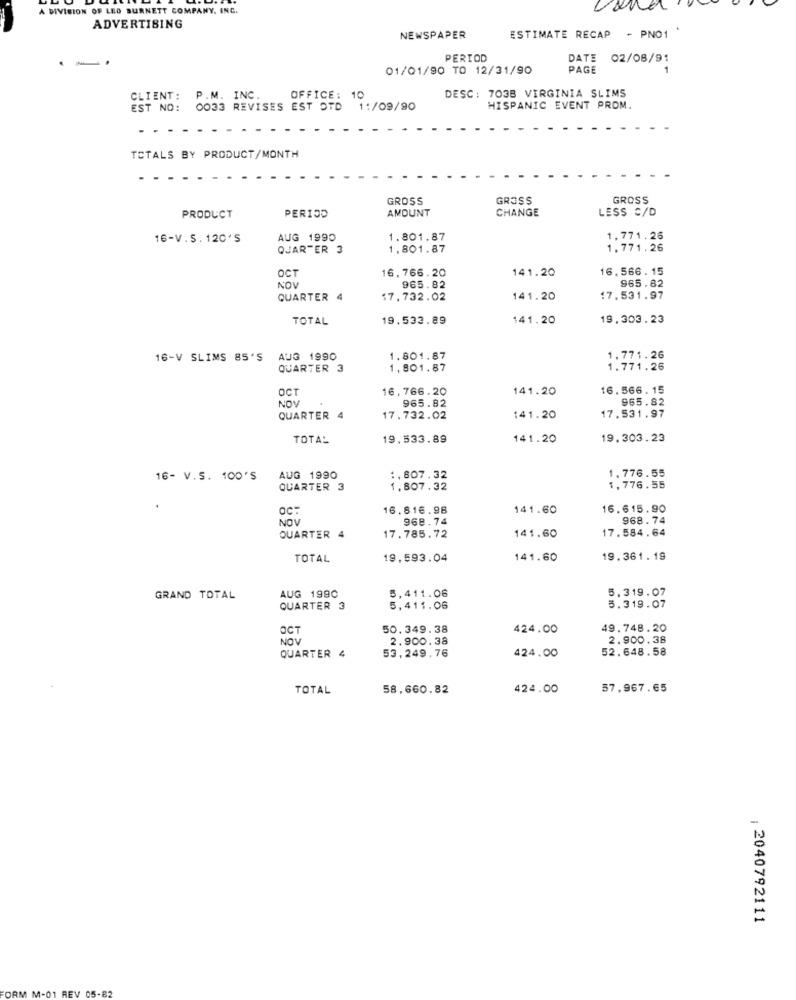
A DIVISION OF LEO BURNETT COMPANY, INC.
von
ADVERTISING
..
NEWSPAPER
ESTIMATE RECAP - PNO1
PERIOD
DATE 02/08/91
01/01/90 TO 12/31/90
PAGE
DESC: 703B VIRGINIA SLIMS
CLIENT:
P.M. INC.
OFFICE: 10
EST NO: 0033 REVISES EST OTD
1:/09/90
HISPANIC EVENT PROM.
TOTALS BY PRODUCT/MONTH
GROSS
GROSS
GROSS
AMOUNT
CHANGE
LESS C/D
PRODUCT
PERIOD
16-V.S.120'S
AUG 1990
1.801.87
1,771.26
QUARTER 3
1.801.87
1.771.26
OCT
141.20
16. 566 . 15
16. 766.20
NOV
965.82
965.82
QUARTER 4
17.732.02
141.20
17.531.97
TOTAL
19,533.89
141.20
19.303.23
16-V SLIMS 85'S
AUG 1990
1.801.87
1,771.26
QUARTER 3
1,801.87
1.771.26
OCT
16,766.20
141.20
16.566.15
NOV
965.82
965.82
17.531.97
QUARTER 4
17.732.02
141.20
TOTAL
19.533.89
141.20
19.303.23
1.776.55
16- V.S. 100'S
AUG 1990
1,807.32
QUARTER 3
1,807.32
1,776.55
aC:
16.816.98
141.60
16.615.90
NOV
968.74
968.74
141.60
17.584.64
QUARTER 4
17.785.72
TOTAL
19.593.04
141.60
19.361.19
5,411.06
GRAND TOTAL
AUG 1990
5.319.07
QUARTER 3
5,411.06
5.319.07
OCT
50.349.38
424.00
49.748.20
NOV
2.900.38
2.900.38
53,249,76
52.648.58
QUARTER 4
424.00
TOTAL
58,660.82
424.00
57.967.65
| 2040792111
ORM M-01 REV 05-82